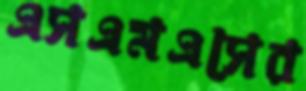
এসএমএসের